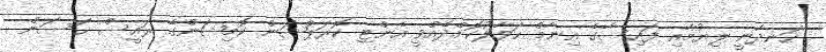
ހަނދާނީ ލިޔުމާއި ފައިސާގެ އިނާމް ޙަވާލުކޮށްދެއްވީ އެންޓި ކޮރަޕްޝަން ކޮމިޝަންގެ ރައީސް ޙަސަން